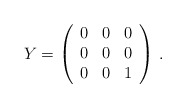
\begin{align*}Y=\left(\begin{array}{ccc}0&0&0\\0&0&0\\0&0&1\end{array}\right)\,.\end{align*}